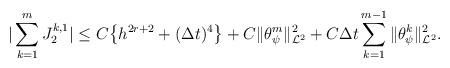
LaTeX: \begin{align*}\begin{array}{@{}l@{}}{\displaystyle |\sum_{k=1}^{m} J_2^{k,1}| \leq C\big\{h^{2r+2}+(\Delta t)^{4}\big\} +C\|\theta_{\psi}^{m}\|_{\mathcal{L}^2}^{2}+ C\Delta t \sum_{k=1}^{m-1}{\|\theta_{\psi}^{k}\|_{\mathcal{L}^2}^{2}}.}\end{array}\end{align*}